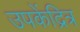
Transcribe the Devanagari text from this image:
उपकेंद्रित्र